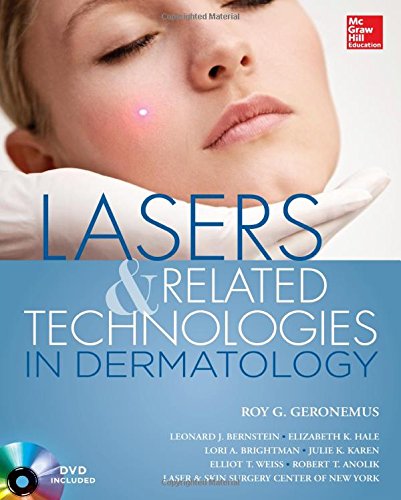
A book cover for Lasers and Related Technologies in Dermatology; Roy Geronemus; Science & Math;